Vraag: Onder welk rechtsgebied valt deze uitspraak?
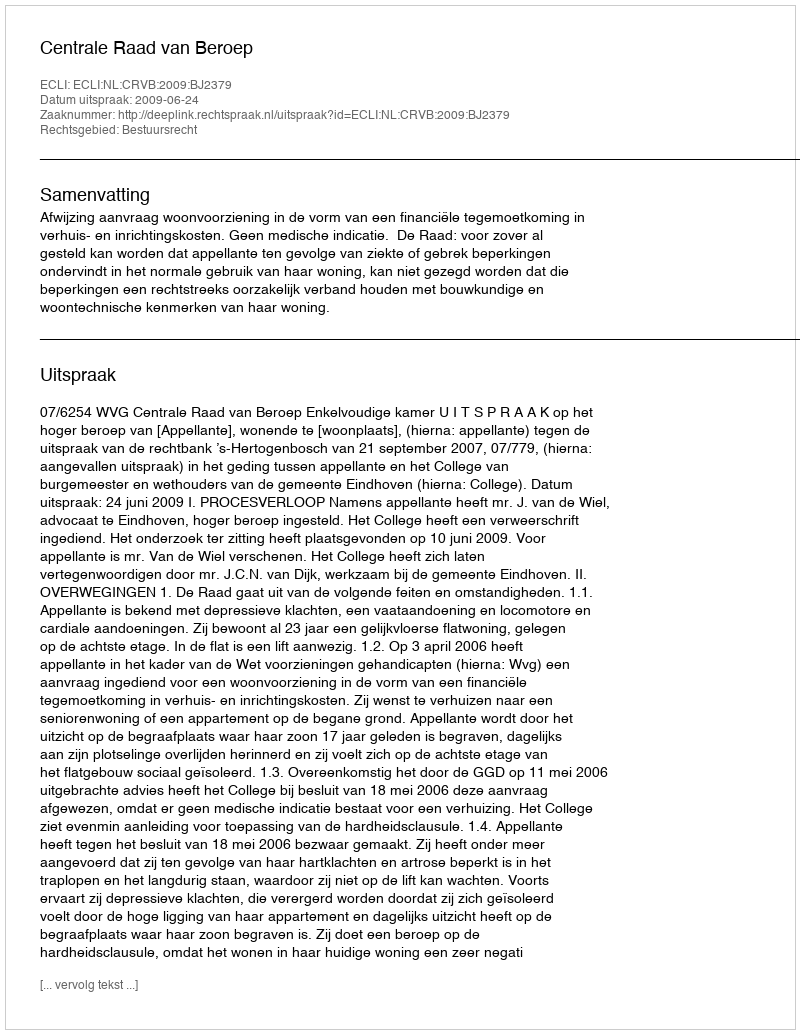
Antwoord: Bestuursrecht